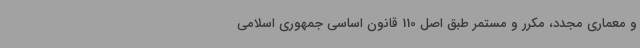
و معماری مجدد، مکرر و مستمر طبق اصل 110 قانون اساسی جمهوری اسلامی